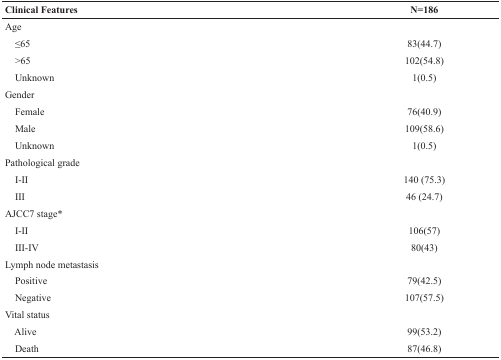
| Clinical Features | N=186 |
 | --- | --- |
 | Age |  |
 | ≤65 | 83(44.7) |
 | >65 | 102(54.8) |
 | Unknown | 1(0.5) |
 | Gender |  |
 | Female | 76(40.9) |
 | Male | 109(58.6) |
 | Unknown | 1(0.5) |
 | Pathological grade |  |
 | I-II | 140 (75.3) |
 | III | 46 (24.7) |
 | AJCC7 stage* |  |
 | I-II | 106(57) |
 | III-IV | 80(43) |
 | Lymph node metastasis |  |
 | Positive | 79(42.5) |
 | Negative | 107(57.5) |
 | Vital status |  |
 | Alive | 99(53.2) |
 | Death | 87(46.8) |